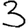
Digit: 3